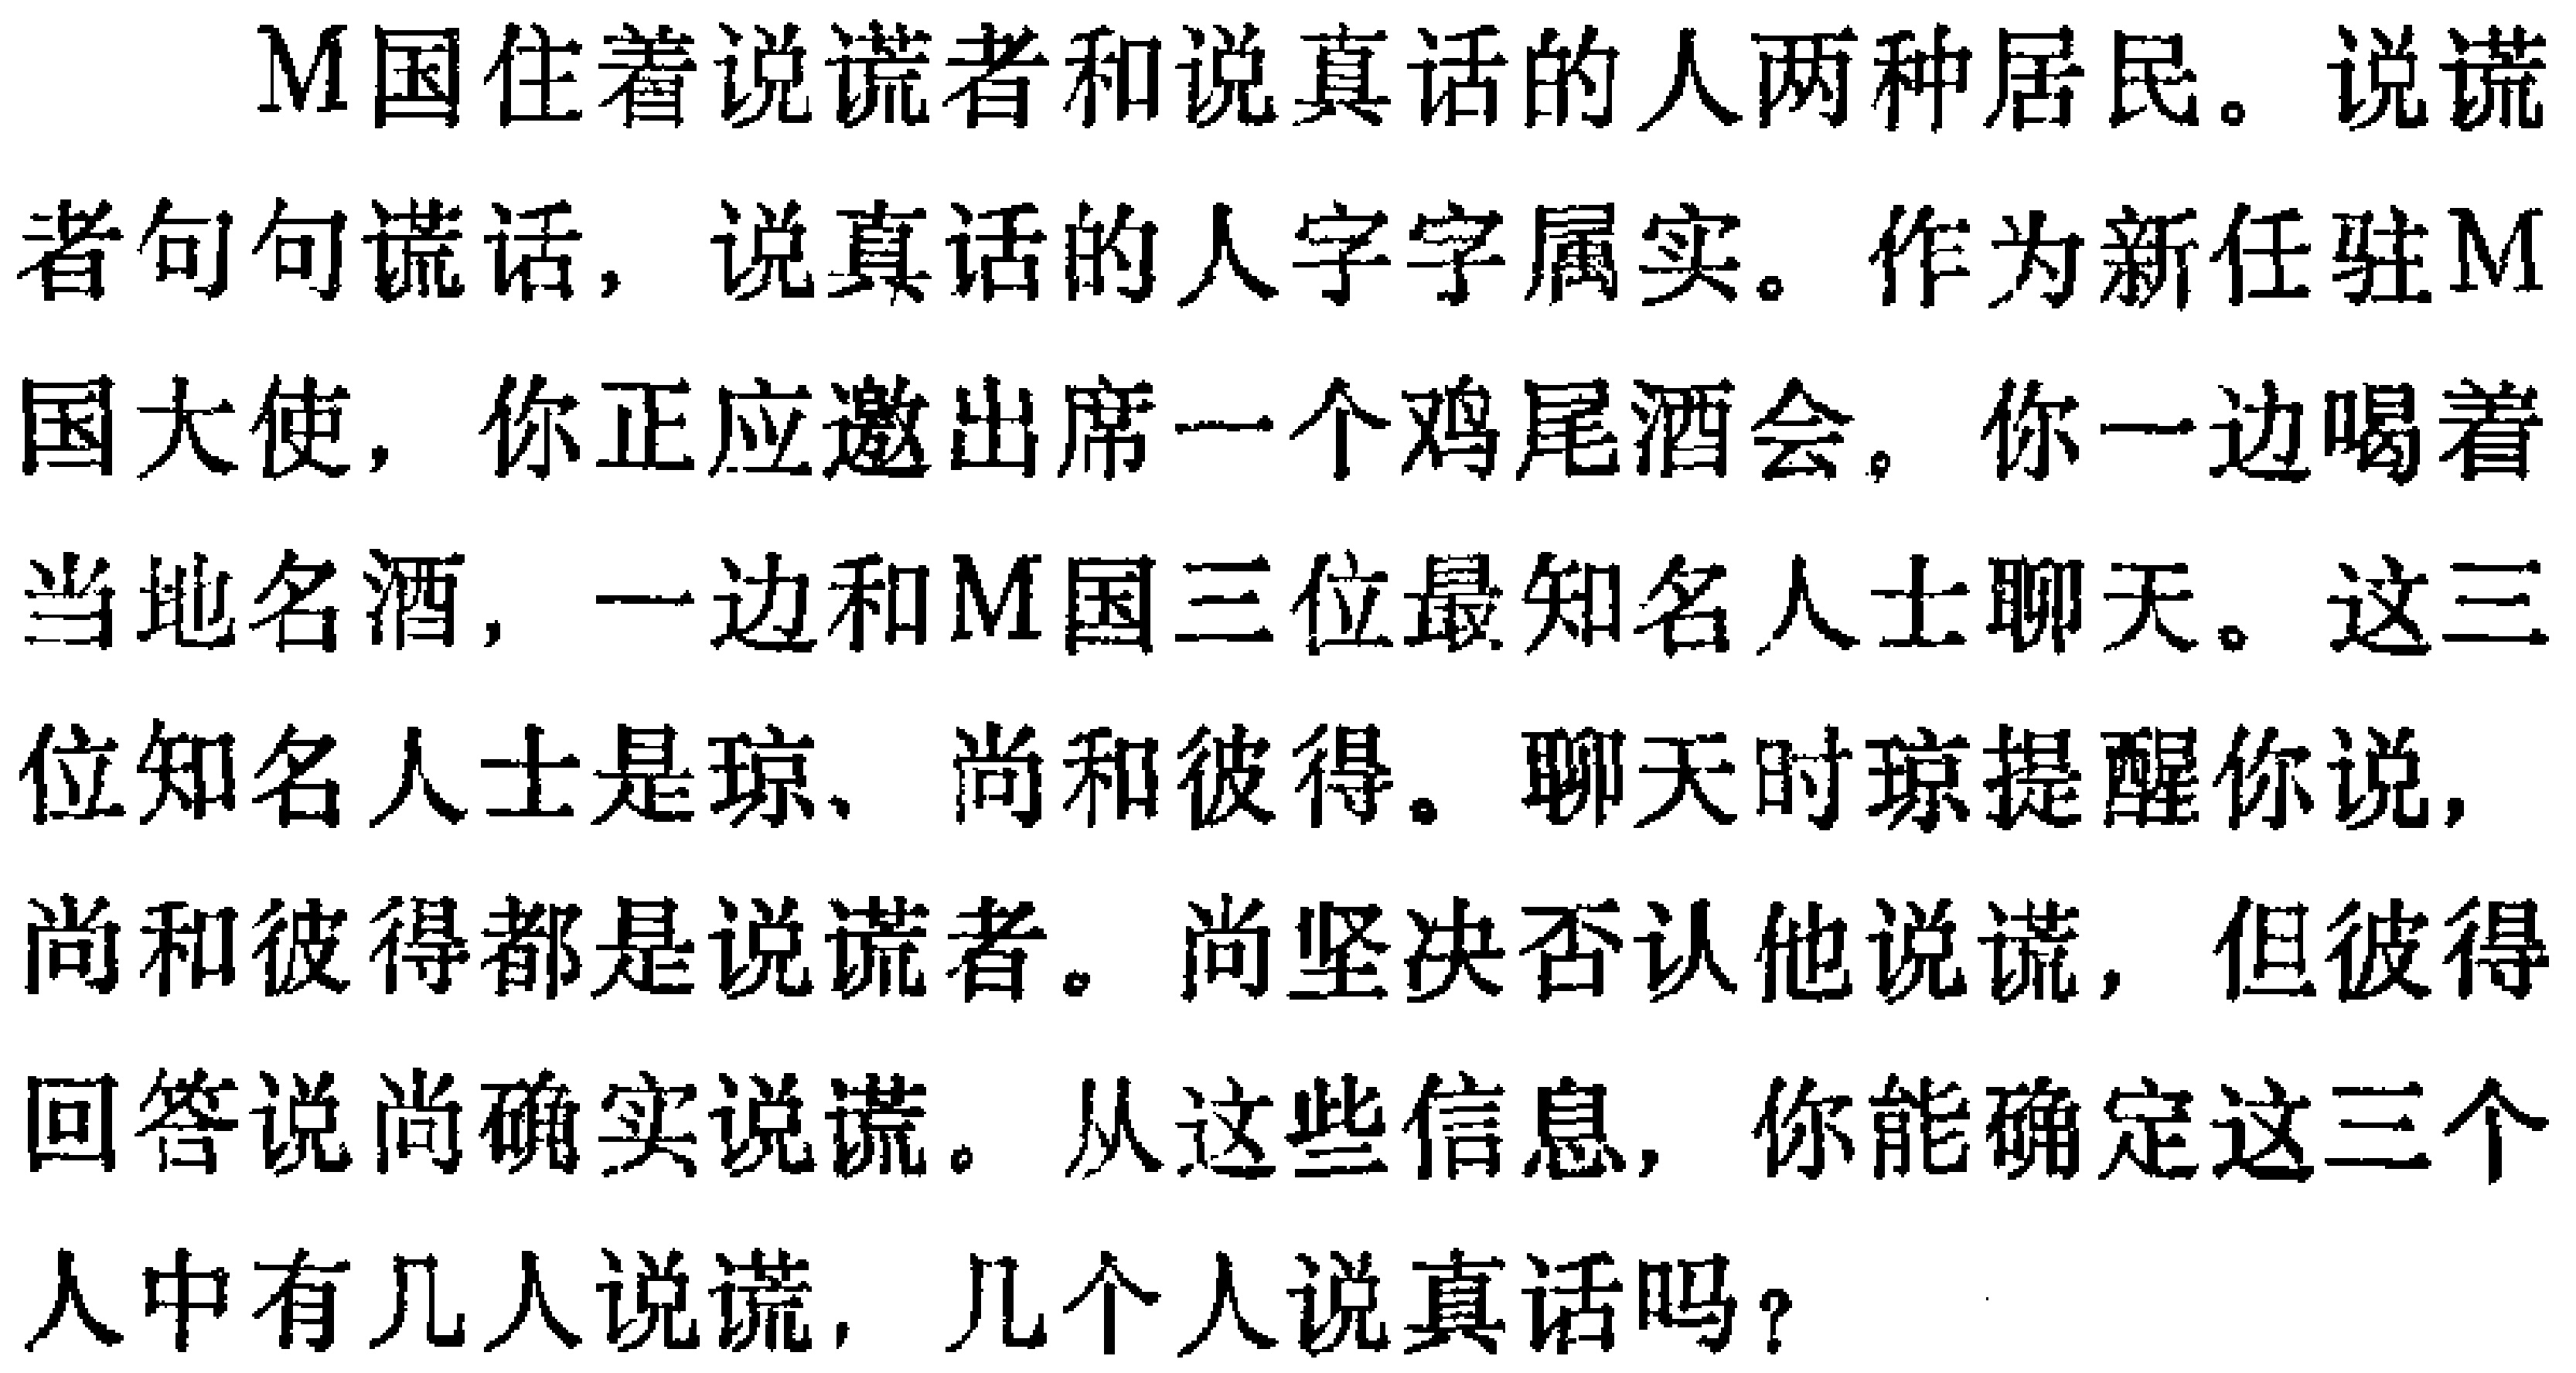
M国住着说谎者和说真话的人两种居民。说谎者句句谎话，说真话的人字字属实。作为新任驻M国大使，你正应邀出席一个鸡尾酒会。你一边喝着当地名酒，一边和M国三位最知名人士聊天。这三位知名人士是琼、尚和彼得。聊天时琼提醒你说，尚和彼得都是说谎者。尚坚决否认他说谎，但彼得回答说尚确实说谎。从这些信息，你能确定这三个人中有几人说谎，几个人说真话吗？